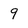
Character: 9